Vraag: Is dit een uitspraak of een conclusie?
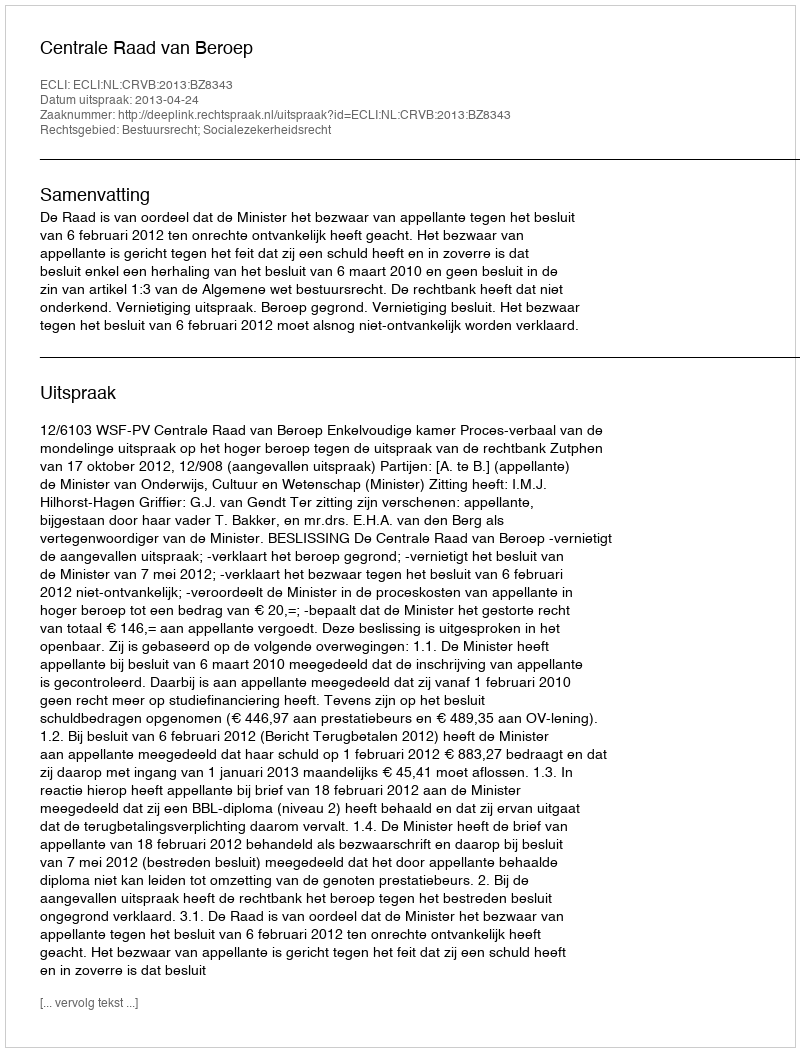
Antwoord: Uitspraak